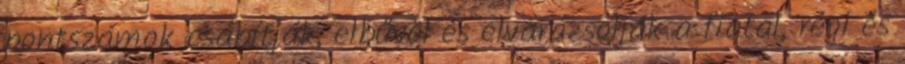
pontszámok csábítják, elbűvöl és elvarázsolják a fiatal, régi és